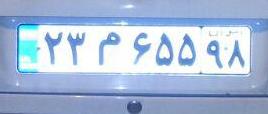
۲۳م۶۵۵۹۸